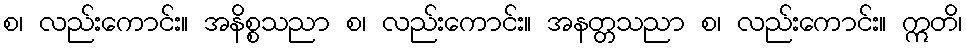
စ၊ လည်းကောင်း။ အနိစ္စသညာ စ၊ လည်းကောင်း။ အနတ္တသညာ စ၊ လည်းကောင်း။ ဣတိ၊